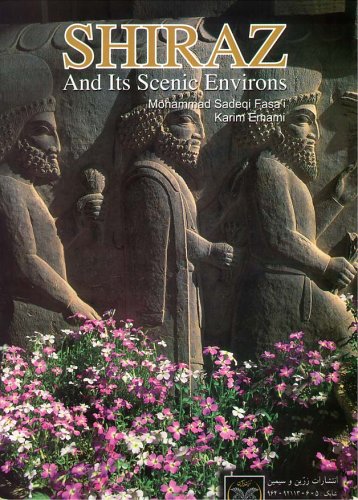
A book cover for Shiraz and Its Scenic Environs in English and Persian; Mohammad Sadeqi Fasai; Travel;